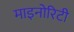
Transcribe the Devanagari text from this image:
माइनोरिटी